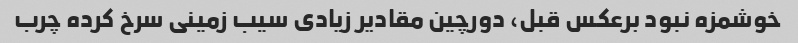
خوشمزه نبود برعکس قبل، دورچین مقادیر زیادی سیب زمینی سرخ کرده چرب